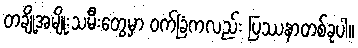
တချို့အမျိုးသမီးတွေမှာ ဝက်ခြံကလည်း ပြဿနာတစ်ခုပါ။